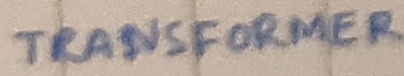
Text: TRANSFORMER